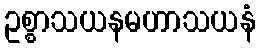
ဥစ္စာသယနမဟာသယနံ